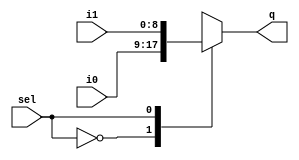
module mux_2_to_1 (i0, i1, sel, q);
	
	// inputs
	input [8:0] i0, i1; // main inputs to mux
	input sel; // selection input
	
	// output
	output [8:0] q;
	reg [8:0] q;
	
	// give mux output when either i0, i1 or selection input changes
	always @(i0, i1, sel)
	begin
        case (sel)
            1'b0: q = i0;
			1'b1: q = i1;
        endcase
	end
	
endmodule